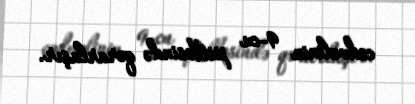
cədvəlinin 9-cu pilləsində qərarlaşır.